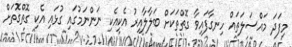
މިފަދަ މައްސަލަތައް ހިނގާފައިވާ ގޮތްތަކަށް ބަލާލާއިރު އެކިއެކި ނަންނަމުގައި ގުޅައި އެކި ގޮތްގޮތަށް